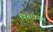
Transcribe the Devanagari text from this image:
निताकतम